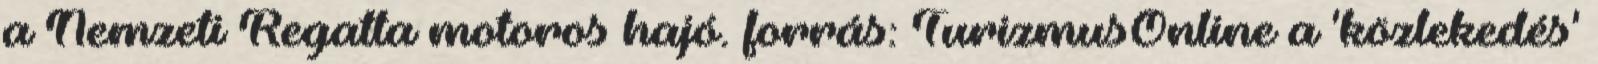
a Nemzeti Regatta motoros hajó. forrás: TurizmusOnline a 'közlekedés'